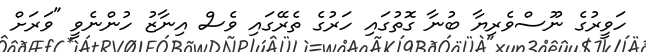
ހަވީރުގެ ނޫސްވެރިޔާ ބުނާ ގޮތުގައި ހަރުގެ ތެރޭގައި ވެސް އިނާޒު ހުންނެވީ "ވަރަށް